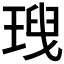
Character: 𤦥